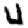
Digit: 4